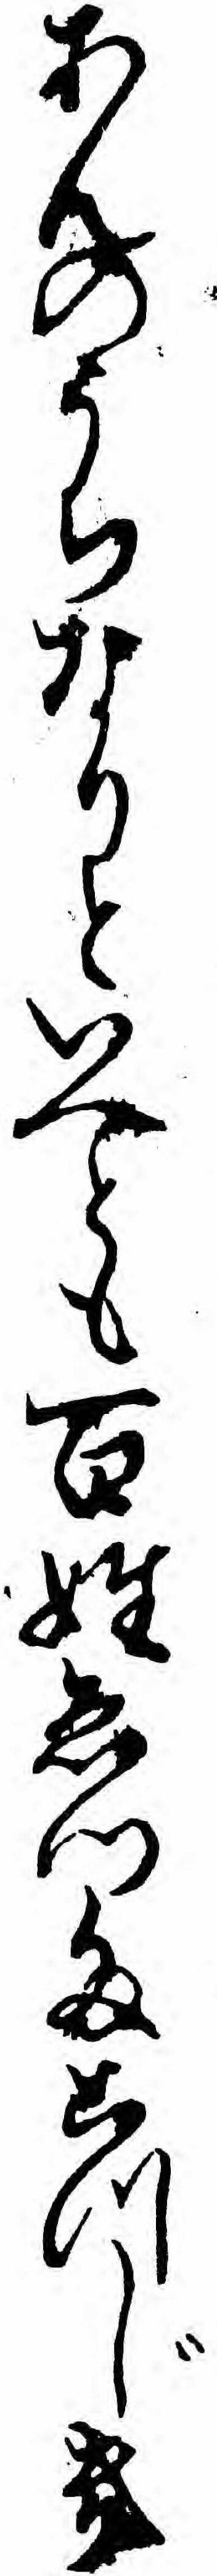
あんのうちなりといへとも百姓ゑつたこつじき